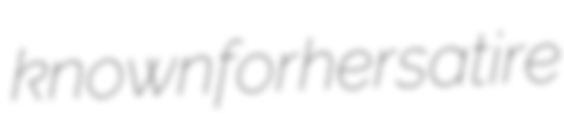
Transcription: known for her satire